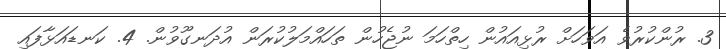
3. ރުންކުރުވެ އަވަހަށް ރުޅިއައުން ހިތްހަމަ ނުޖެހުން ތަހައްމަލުކުރަން އުދަނގޫވުން. 4. ކަނޑައަޅާފައި